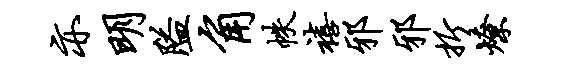
亦明隘角帙禧邪邪折燎